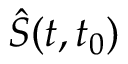
\hat { S } ( t , t _ { 0 } )